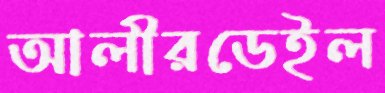
আলীরডেইল